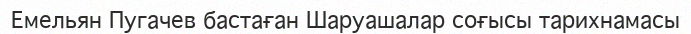
Емельян Пугачев бастаған Шаруашалар соғысы тарихнамасы